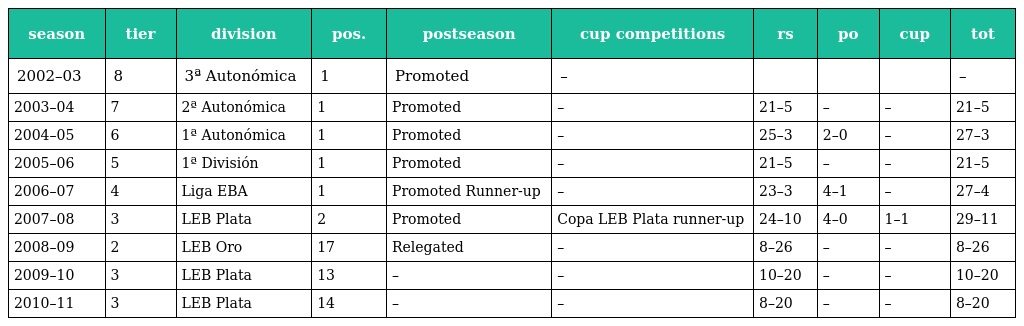
| season | tier | division | pos. | postseason | cup competitions | rs | po | cup | tot |
 | --- | --- | --- | --- | --- | --- | --- | --- | --- | --- |
 | 2002–03 | 8 | 3ª Autonómica | 1 | Promoted | – |  |  |  | – |
 | 2003–04 | 7 | 2ª Autonómica | 1 | Promoted | – | 21–5 | – | – | 21–5 |
 | 2004–05 | 6 | 1ª Autonómica | 1 | Promoted | – | 25–3 | 2–0 | – | 27–3 |
 | 2005–06 | 5 | 1ª División | 1 | Promoted | – | 21–5 | – | – | 21–5 |
 | 2006–07 | 4 | Liga EBA | 1 | Promoted Runner-up | – | 23–3 | 4–1 | – | 27–4 |
 | 2007–08 | 3 | LEB Plata | 2 | Promoted | Copa LEB Plata runner-up | 24–10 | 4–0 | 1–1 | 29–11 |
 | 2008–09 | 2 | LEB Oro | 17 | Relegated | – | 8–26 | – | – | 8–26 |
 | 2009–10 | 3 | LEB Plata | 13 | – | – | 10–20 | – | – | 10–20 |
 | 2010–11 | 3 | LEB Plata | 14 | – | – | 8–20 | – | – | 8–20 |